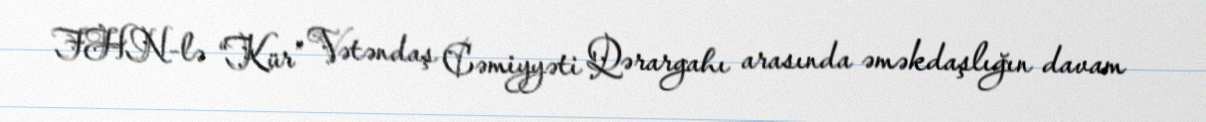
FHN-lə “Kür” Vətəndaş Cəmiyyəti Qərargahı arasında əməkdaşlığın davam